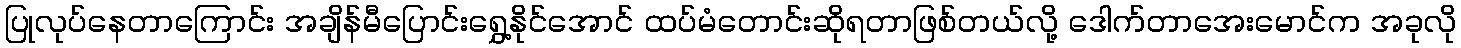
ပြုလုပ်နေတာကြောင်း အချိန်မီပြောင်းရွှေ့နိုင်အောင် ထပ်မံတောင်းဆိုရတာဖြစ်တယ်လို့ ဒေါက်တာအေးမောင်က အခုလို